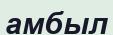
амбыл